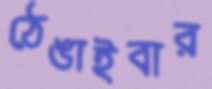
ঠেঙাইবার